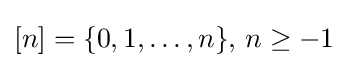
[n]=\{0,1,\dots ,n\},\,n\geq -1